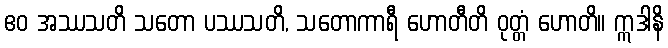
ဧဝ အဿသတိ သတော ပဿသတိ, သတောကာရီ ဟောတီတိ ဝုတ္တံ ဟောတိ။ ဣဒါနိ